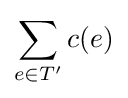
\sum _{e\in T'}c(e)